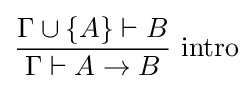
{\dfrac {\Gamma \cup \{A\}\vdash B}{\Gamma \vdash A\to B}}{\mbox{ intro}}